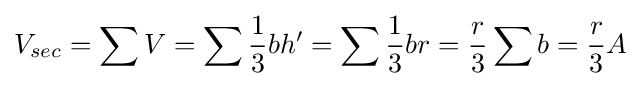
V_{sec}=\sum {V}=\sum {\frac {1}{3}}bh'=\sum {\frac {1}{3}}br={\frac {r}{3}}\sum b={\frac {r}{3}}A